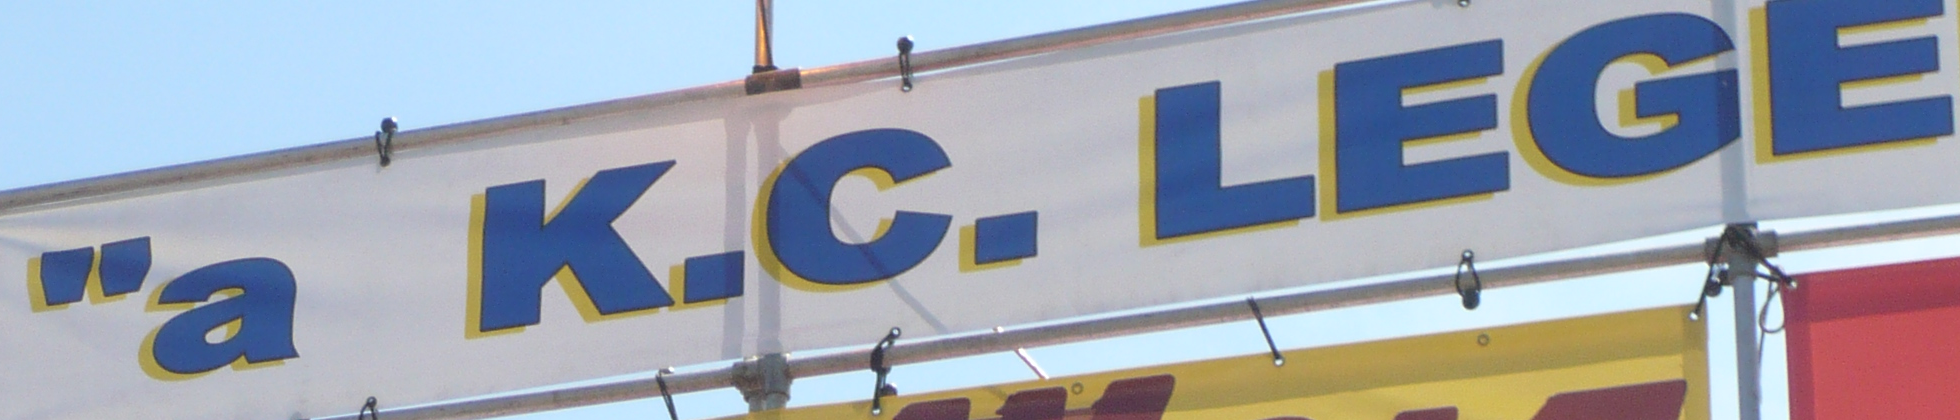
"a K.C. LEGE